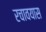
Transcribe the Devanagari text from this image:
रचावयास